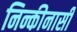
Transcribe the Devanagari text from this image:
निन्कीनासी